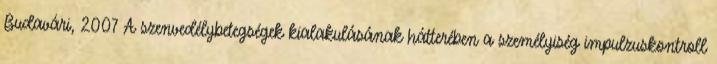
Budavári, 2007 A szenvedélybetegségek kialakulásának hátterében a személyiség impulzuskontroll